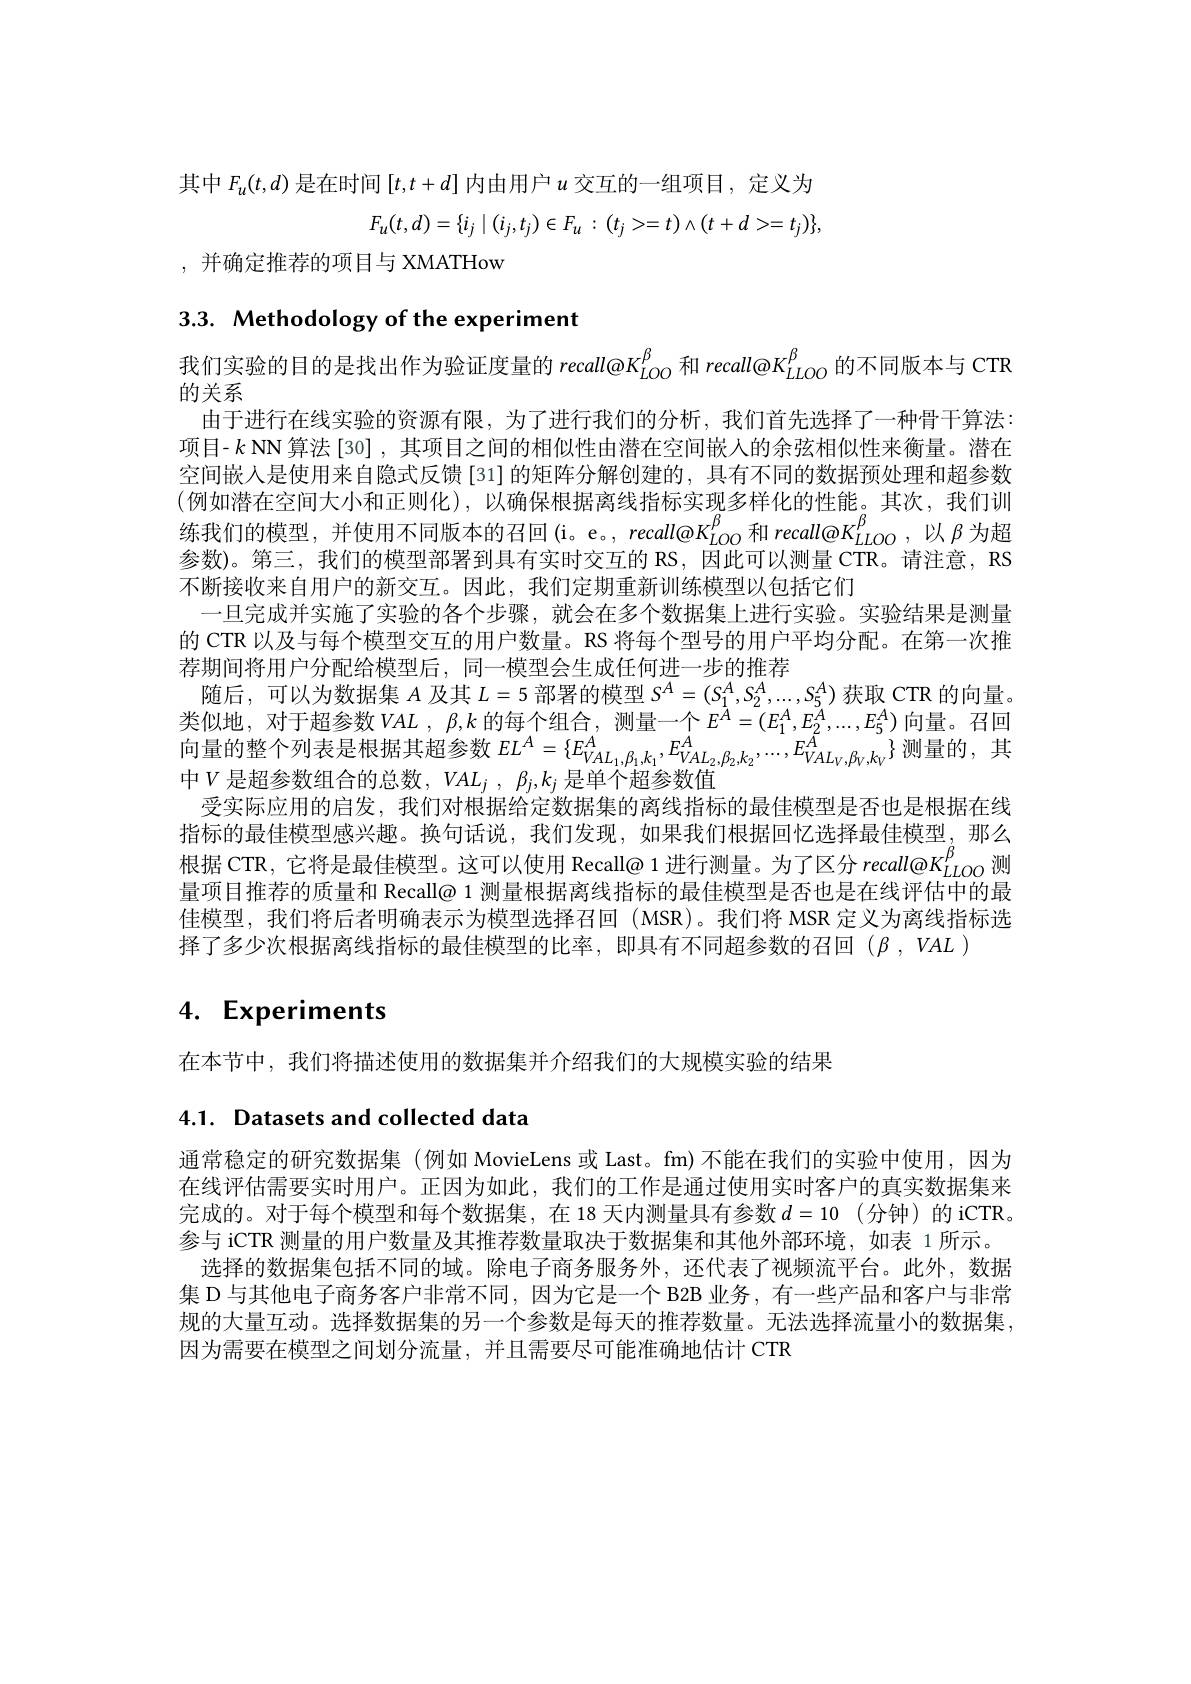
其中$F_u(t,d)$是在时间$[t,t+d]$内由用户$u$交互的一组项目，定义为
$$F_u(t,d)=\{i_j\mid(i_j,t_j)\in F_u\::\:(t_j>=t)\wedge(t+d>=t_j)\},$$
,并确定推荐的项目与 XMATHow

# 3.3. Methodology of the experiment

我 们 实 验 的 目 的 是 找 出 作 为 验 证 度 量 的 $recall@ K_{LOO}^{\beta }$ 和 $recall@ K_{LLOO}^{\beta }$ 的 不 同 版 本 与 CTR 的 关 系
由于进行在线实验的资源有限，为了进行我们的分析，我们首先选择了一种骨干算法项目-$k$ NN 算法[30],其项目之间的相似性由潜在空间嵌人的余弦相似性来衡量。潜在空间嵌入是使用来自隐式反馈[31]的矩阵分解创建的，具有不同的数据预处理和超参数(例如潜在空间大小和正则化),以确保根据离线指标实现多样化的性能。其次，我们训练我们的模型，并使用不同版本的召回(i。e。, recall@K$_{LOO}^\mathrm{\beta}$和 recall@K$_{LLOO}^\mathrm{\beta}$,以 $\beta$ 为超参数)。第三，我们的模型部署到具有实时交互的 RS,因此可以测量 CTR。请注意，RS 不断接收来自用户的新交互。因此，我们定期重新训练模型以包括它们
一旦完成并实施了实验的各个步骤，就会在多个数据集上进行实验。实验结果是测量的 CTR 以及与每个模型交互的用户数量。RS 将每个型号的用户平均分配。在第一次推荐期间将用户分配给模型后，同一模型会生成任何进一步的推荐
随后，可以为数据集$A$及其$L=5$部署的模型$S^A=(S_1^A,S_2^A,...,S_5^A)$获取 CTR 的向量。类似地，对于超参数$VAL$ , $\beta , k$的每个组合，测量一个$E^A=(E_1^A,E_2^A,...,E_5^A)$向量。召回向 量 的 整 个 列 表 是 根 据 其 超 参 数 $EL^{A}= \{ E_{VAL_{1}, \beta _{1}, k_{1}}^{A}, E_{VAL_{2}, \beta _{2}, k_{2}}^{A}, \ldots , E_{VAL_{V}, \beta _{V}, k_{V}}^{A}\}$测 量 的 , 其 中 $V$ 旦 却 会 数 组 合 的 台 数 $VAL_{1}^{\beta }, \varepsilon _{\text{ 日 迫 众 却 余 数 估 }}^{B}, \varepsilon _{VAL_{V}, \beta _{V}, k_{V}}^{A}\}$ 测 量 的 , 其中$V$ 是超参数组合的总数，$VAL_j$ , $\beta _j, k_j$ 是单个超参数值
受实际应用的启发，我们对根据给定数据集的离线指标的最佳模型是否也是根据在线指标的最佳模型感兴趣。换句话说，我们发现，如果我们根据回忆选择最佳模型，那么根据 CTR, 它将是最佳模型。这可以使用 Recall@ 1 进行测量。为了区分 recall@$K_{LLOO}^\mathrm{\rho}$测量项目推荐的质量和 Recall@ 1 测量根据离线指标的最佳模型是否也是在线评估中的最佳模型，我们将后者明确表示为模型选择召回(MSR)。我们将 MSR 定义为离线指标选择了多少次根据离线指标的最佳模型的比率，即具有不同超参数的召回($\beta,VAL)$

# 4. Experiments

在本节中，我们将描述使用的数据集并介绍我们的大规模实验的结果

4.1. Datasets and collected data

通常稳定的研究数据集 (例如 MovieLens 或 Last。fm)不能在我们的实验中使用，因为在线评估需要实时用户。正因为如此，我们的工作是通过使用实时客户的真实数据集来完成的。对于每个模型和每个数据集，在 18 天内测量具有参数 $d= 10$ (分钟)的 iCTR。参与 iCTR 测量的用户数量及其推荐数量取决于数据集和其他外部环境，如表 1 所示。
选择的数据集包括不同的域。除电子商务服务外，还代表了视频流平台。此外，数据集 D 与其他电子商务客户非常不同，因为它是一个 B2B 业务，有一些产品和客户与非常规的大量互动。选择数据集的另一个参数是每天的推荐数量。无法选择流量小的数据集， 因为需要在模型之间划分流量，并且需要尽可能准确地估计 CTR